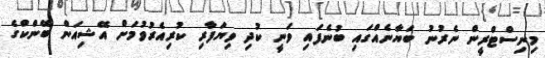
މިނިސްޓްރީން ނެރުނު ބަޔާނެއްގައި ބުނެފައި ވަނީ ކުދި ވިޔަފާރި ކުރިއެރުވުމަށް އޭޝިއަން ބޭންކްގެ